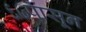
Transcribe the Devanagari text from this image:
६७पासून